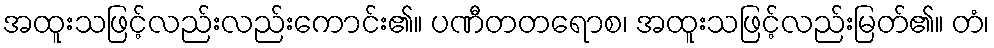
အထူးသဖြင့်လည်းလည်းကောင်း၏။ ပဏီတတရောစ၊ အထူးသဖြင့်လည်းမြတ်၏။ တံ၊